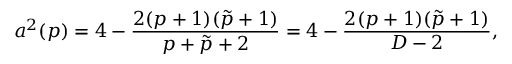
a ^ { 2 } ( p ) = 4 - { \frac { 2 ( p + 1 ) ( \tilde { p } + 1 ) } { p + \tilde { p } + 2 } } = 4 - { \frac { 2 ( p + 1 ) ( \tilde { p } + 1 ) } { D - 2 } } ,